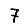
Digit: 7